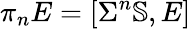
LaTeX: \displaystyle\pi_{n}E=[\Sigma^{n}\mathbb{S},E]